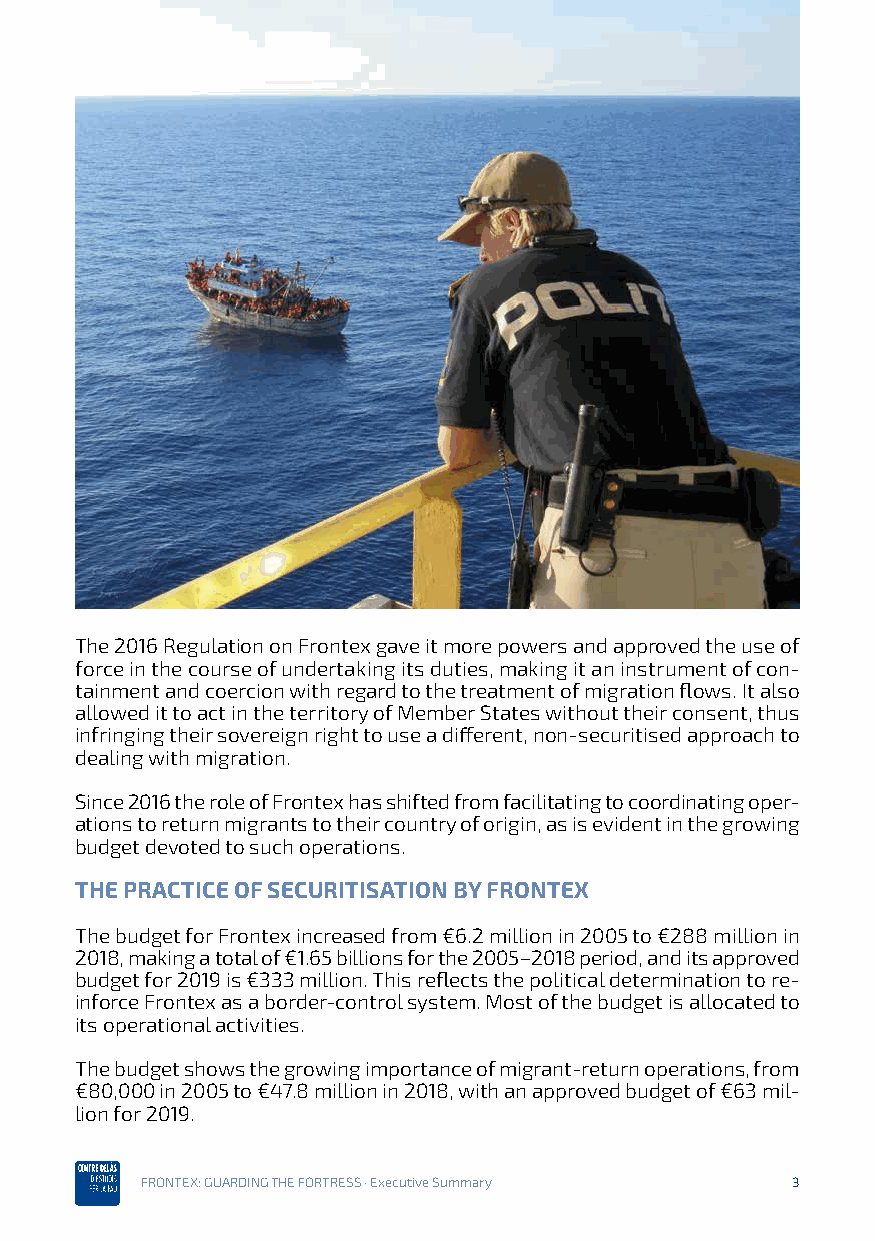
The 2016 Regulation on Frontex gave it more powers and approved the use of
 force in the course of undertaking its duties, making it an instrument of con-
 tainment and coercion with regard to the treatment of migration flows. It also
 allowed it to act in the territory of Member States without their consent, thus
 infringing their sovereign right to use a different, non-securitised approach to
 dealing with migration.
 Since 2016 the role of Frontex has shifted from facilitating to coordinating oper-
 ations to return migrants to their country of origin, as is evident in the growing
 budget devoted to such operations.
 THE PRACTICE OF SECURITISATION BY FRONTEX
 The budget for Frontex increased from €6.2 million in 2005 to €288 million in
 2018, making a total of €1.65 billions for the 2005–2018 period, and its approved
 budget for 2019 is €333 million. This reflects the political determination to re-
 inforce Frontex as a border-control system. Most of the budget is allocated to
 its operational activities.
 The budget shows the growing importance of migrant-return operations, from
 €80,000 in 2005 to €47.8 million in 2018, with an approved budget of €63 mil-
 lion for 2019.
 FRONTEX: GUARDING THE FORTRESS · Executive Summary 3